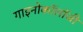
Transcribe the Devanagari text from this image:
गाइनोकॉलॉजी